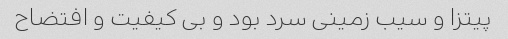
پیتزا و سیب زمینی سرد بود و بی کیفیت و افتضاح